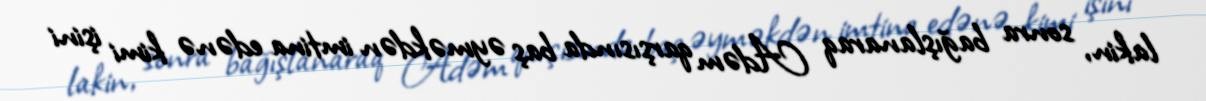
lakin, sonra bağışlanaraq Adəm qarşısında baş əyməkdən imtina edənə kimi işini